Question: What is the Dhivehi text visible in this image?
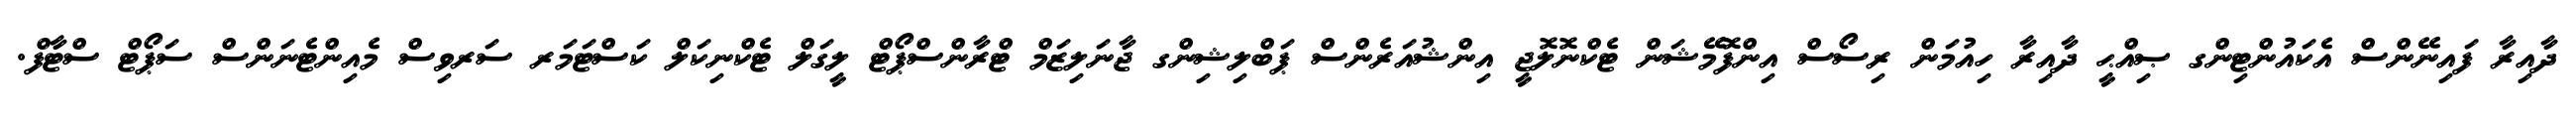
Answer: ދާއިރާ ފައިނޭންސް އެކައުންޓިންގ ޞިއްޙީ ދާއިރާ ހިއުމަން ރިސޯސް އިންފޮމޭޝަން ޓެކްނޮލޮޖީ އިންޝުއަރެންސް ޕަބްލިޝިންގ ޖާނަލިޒަމް ޓްރާންސްޕޯޓް ލީގަލް ޓެކްނިކަލް ކަސްޓަމަރ ސަރވިސް މެއިންޓެނަންސް ސަޕޯޓް ސްޓާފް.